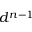
d ^ { n - 1 }